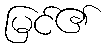
မြင်၏